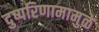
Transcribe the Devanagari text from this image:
दुष्परिणामामुळे